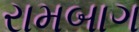
રામબાગ